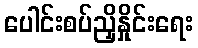
ပေါင်းစပ်ညှိနှိုင်းရေး